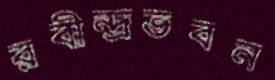
রবীন্দ্রভবন